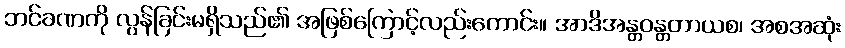
ဘင်ခဏကို လွန်ခြင်းမရှိသည်၏ အဖြစ်ကြောင့်လည်းကောင်း။ အာဒိအန္တဝန္တတာယစ၊ အစအဆုံး